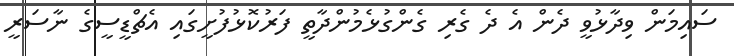
ސައިމަން ވިދާޅުވީ ދެން އެ ދެ ގެރި ގެންގުޅެމުންދާތީ ފަރުކޮޅުފުށީގައި އެޗްޑީސީގެ ނާސަރީ